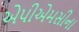
એપીએમસીના